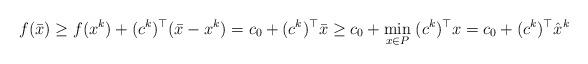
LaTeX: \begin{align*} f(\bar x) \geq f(x^k) + (c^k)^\top (\bar x - x^k) = c_0 + (c^k)^\top \bar x \geq c_0 + \min_{x\in P}\;(c^k)^\top x = c_0 + (c^k)^\top \hat x^k \end{align*}